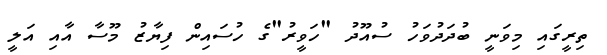
ތިރީގައި މިވަނީ ބުދަދުވަހު ސުއޫދު "ހަވީރު"ގެ ހުސައިން ފިޔާޒު މޫސާ އާއި އަލީ